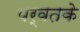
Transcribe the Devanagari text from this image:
पर्वतके